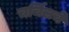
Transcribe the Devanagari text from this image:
चर्चिलचे